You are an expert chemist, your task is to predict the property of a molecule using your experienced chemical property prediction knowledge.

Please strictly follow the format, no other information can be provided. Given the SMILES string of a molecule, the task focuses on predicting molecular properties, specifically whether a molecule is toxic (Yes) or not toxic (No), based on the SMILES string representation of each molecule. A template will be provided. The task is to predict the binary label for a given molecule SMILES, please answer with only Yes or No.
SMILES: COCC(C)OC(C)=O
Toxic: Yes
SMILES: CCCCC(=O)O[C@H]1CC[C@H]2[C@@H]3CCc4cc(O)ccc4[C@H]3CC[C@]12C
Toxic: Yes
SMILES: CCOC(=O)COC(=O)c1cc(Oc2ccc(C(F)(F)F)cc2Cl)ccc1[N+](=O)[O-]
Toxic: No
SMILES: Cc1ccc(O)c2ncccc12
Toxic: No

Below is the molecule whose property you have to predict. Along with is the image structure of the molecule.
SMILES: CCCCc1ccc(C(=O)O)nc1
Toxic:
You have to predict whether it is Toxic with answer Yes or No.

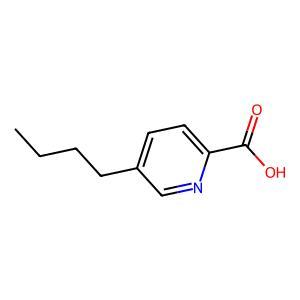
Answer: No